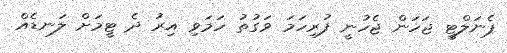
ޕެނަލްޓީ ޖަހަން ޖެހުނީ ފުރިހަމަ ވަގުތު ހަމަވި އިރު ދެ ޓީމަށް ލަނޑެއް